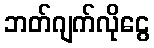
ဘတ်ဂျက်လိုငွေ